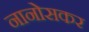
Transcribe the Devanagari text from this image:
नानोसकर